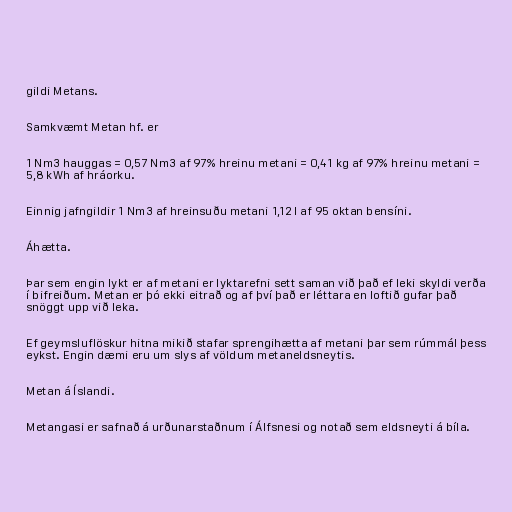
gildi Metans.

Samkvæmt Metan hf. er

1 Nm3 hauggas = 0,57 Nm3 af 97% hreinu metani = 0,41 kg af 97% hreinu metani =
5,8 kWh af hráorku.

Einnig jafngildir 1 Nm3 af hreinsuðu metani 1,12 l af 95 oktan bensíni.

Áhætta.

Þar sem engin lykt er af metani er lyktarefni sett saman við það ef leki skyldi verða
í bifreiðum. Metan er þó ekki eitrað og af því það er léttara en loftið gufar það
snöggt upp við leka.

Ef geymsluflöskur hitna mikið stafar sprengihætta af metani þar sem rúmmál þess
eykst. Engin dæmi eru um slys af völdum metaneldsneytis.

Metan á Íslandi.

Metangasi er safnað á urðunarstaðnum í Álfsnesi og notað sem eldsneyti á bíla.